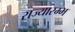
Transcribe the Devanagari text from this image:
राज्यारम्भ